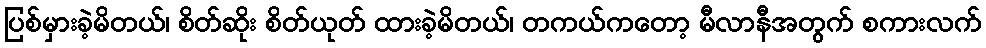
ပြစ်မှားခဲ့မိတယ်၊ စိတ်ဆိုး စိတ်ယုတ် ထားခဲ့မိတယ်၊ တကယ်ကတော့ မီလာနီအတွက် စကားလက်